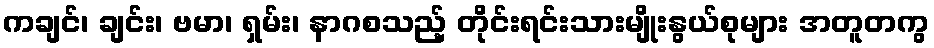
ကချင်၊ ချင်း၊ ဗမာ၊ ရှမ်း၊ နာဂစသည့် တိုင်းရင်းသားမျိုးနွယ်စုများ အတူတကွ